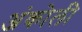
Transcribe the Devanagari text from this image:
अंकोली